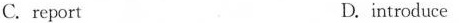
C. report D.introduce